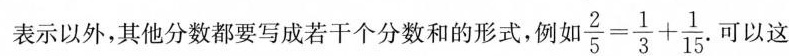
表示以外，其他分数都要写成若干个分数和的形式，例如$$\frac{2}{5} = \frac{1}{3} + \frac{1}{1}$$ .可以这